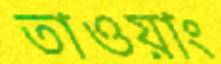
তাওয়াং